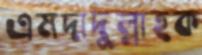
এমদাদুল্লাহক